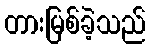
တားမြစ်ခဲ့သည်